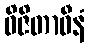
ဝိဇိတာဝီနံ